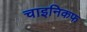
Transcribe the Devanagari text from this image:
चाइनिकफ